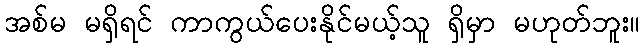
အစ်မ မရှိရင် ကာကွယ်ပေးနိုင်မယ့်သူ ရှိမှာ မဟုတ်ဘူး။